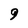
Character: 9